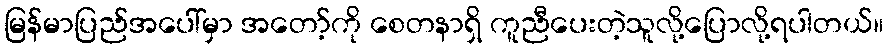
မြန်မာပြည်အပေါ်မှာ အတော့်ကို စေတနာရှိ ကူညီပေးတဲ့သူလို့ပြောလို့ရပါတယ်။